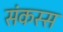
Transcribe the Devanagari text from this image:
संकस्स